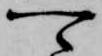
可